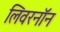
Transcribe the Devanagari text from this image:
लिवरनॉन